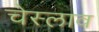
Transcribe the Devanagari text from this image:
चेस्लाव